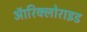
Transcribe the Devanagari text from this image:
ऑरिक्लोराइड